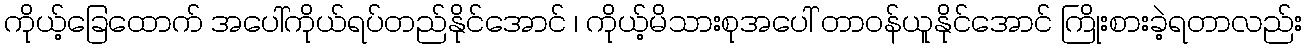
ကိုယ့်ခြေထောက် အပေါ်ကိုယ်ရပ်တည်နိုင်အောင် ၊ ကိုယ့်မိသားစုအပေါ် တာဝန်ယူနိုင်အောင် ကြိုးစားခဲ့ရတာလည်း